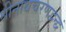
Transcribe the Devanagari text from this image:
श्रीनाथचरणद्वन्द्वं